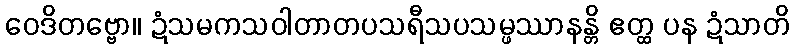
ဝေဒိတဗ္ဗော။ ဍံသမကသဝါတာတပသရီသပသမ္ဖဿာနန္တိ ဧတ္ထ ပန ဍံသာတိ